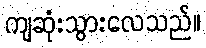
ကျဆုံးသွားလေသည်။